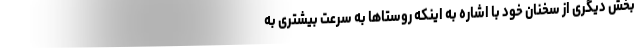
بخش دیگری از سخنان خود با اشاره به اینکه روستاها به سرعت بیشتری به